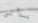
بدأتي